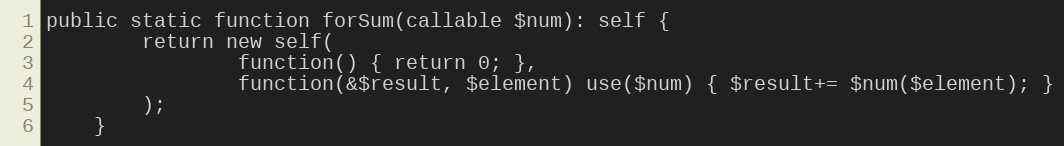
Language: PHP
public static function forSum(callable $num): self {
        return new self(
                function() { return 0; },
                function(&$result, $element) use($num) { $result+= $num($element); }
        );
    }